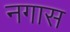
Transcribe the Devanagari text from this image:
नगास